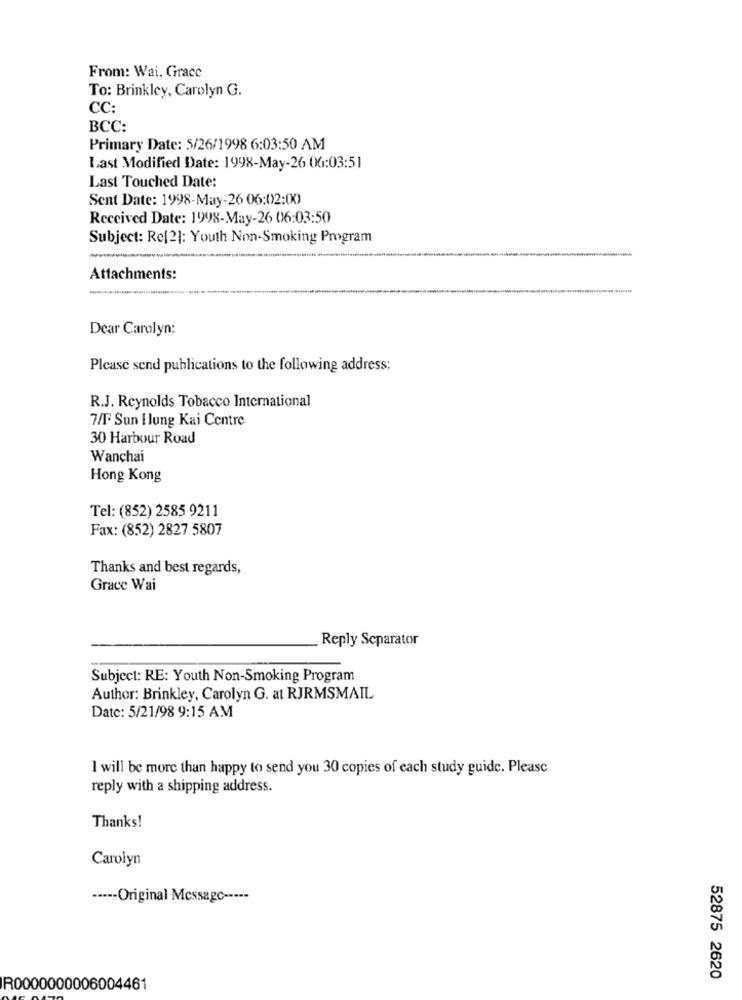
From: Wai, Grace
To: Brinkley, Carolyn G.
CC:
BCC:
Primary Date: 5/26/1998 6:03:50 AM
Last Modified Date: 1998-May-26 06:03:51
Last Touched Date:
Sent Date: 1998-May-26 06:02:00
Received Date: 1998-May-26 06:03:50
Subject: Re[2]: Youth Non-Smoking Program
Attachments:
-
Dear Carolyn:
Please send publications to the following address:
R.J. Reynolds Tobacco International
7/F Sun Ilung Kai Centre
30 Harbour Road
Wanchai
Hong Kong
Tel: (852) 2585 9211
Fax: (852) 2827 5807
Thanks and best regards,
Grace Wai
Reply Separator
Subject: RE: Youth Non-Smoking Program
Author: Brinkley, Carolyn G. at RJRMSMAIL
Date: 5/21/98 9:15 AM
I will be more than happy to send you 30 copies of each study guide. Please
reply with a shipping address.
Thanks!
Carolyn
----- Original Message -----
52875 2620
R0000000006004461